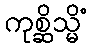
ကုစ္ဆိသ္မိံ